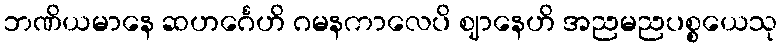
ဘဏိယမာနေ ဆဟင်္ဂေဟိ ဂမနကာလေပိ ဈာနေဟိ အညမညပစ္စယေသု